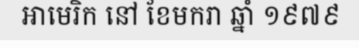
អាមេរិក នៅ ខែមករា ឆ្នាំ ១៩៧៩